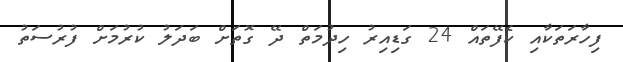
ފިހާރަތަކާއި ކެފޭތައް 24 ގަޑިއިރު ހިދުމަތް ދޭ ގޮތަށް ބަދަލު ކުރުމަށް ފުރުސަތު